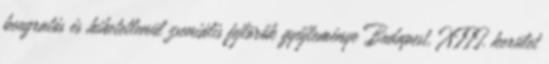
beugratós és hihetetlenül zseniális fejtörők gyűjteménye Budapest, XIII. kerület